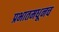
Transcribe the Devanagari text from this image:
प्रभातमधूनच